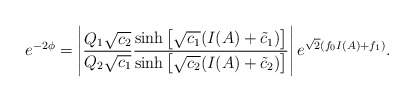
\begin{align*}e^{-2\phi} = \left| \frac{ Q_1 \sqrt{c_2}} {Q_2 \sqrt{c_1}} \frac{\sinh \left[ \sqrt{c_1} (I(A) + \tilde{c}_1 ) \right]}{\sinh \left[ \sqrt{c_2} (I(A) + \tilde{c}_2 ) \right]} \right|e^{\sqrt{2}(f_0 I(A)+f_1)} .\end{align*}